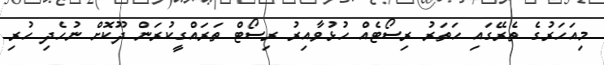
މިއަހަރުގެ ތެރޭގައި ހަތަރު ރިސޯޓެއް ހުޅުވާއިރު ރިސޯޓް ތަރައްގީކުރަން ދޫކޮށް ނުހެދި ހުރި